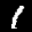
Label: 1